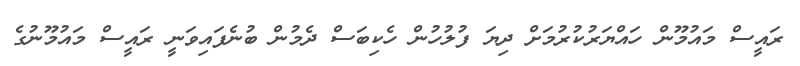
ރައީސް މައުމޫން ހައްޔަރުކުރުމަށް ދިޔަ ފުލުހުން ހެކިބަސް ދެމުން ބުނެފައިވަނީ ރައީސް މައުމޫނުގެ